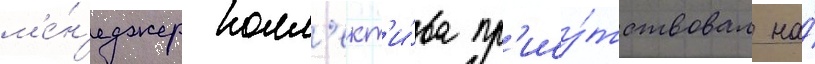
м'е́н'еджер колл'ект'и́ва пр'ису́тствовал на́